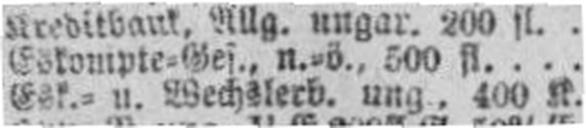
Esk.= u. Wechslerb. ung., 400 fl.